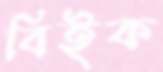
বিইক